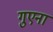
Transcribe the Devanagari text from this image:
गुएना